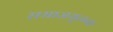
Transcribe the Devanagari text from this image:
समाजमूलक